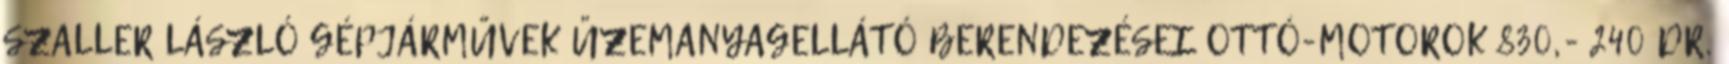
SZALLER LÁSZLÓ GÉPJÁRMŰVEK ÜZEMANYAGELLÁTÓ BERENDEZÉSEI OTTÓ-MOTOROK 830,- 240 DR.